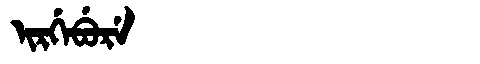
Manchu: ᡳᡵᡤᡝᠪᡠᡵᡝ
Romanization: IRGEBURE